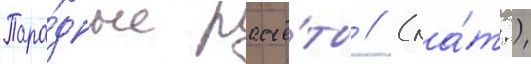
Пара́дные расчё́ты // (ла́т.)